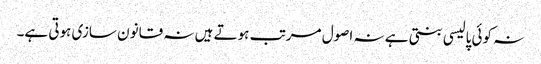
نہ کوئی پالیسی بنتی ہے نہ اصول مرتب ہوتے ہیں نہ قانون سازی ہوتی ہے۔